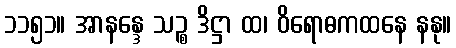
၁၁၅၁။ အာနန္ဒေ သဉ္စ ဒိဋ္ဌာ ထ၊ ဝိရောဓကထနေ နနု။